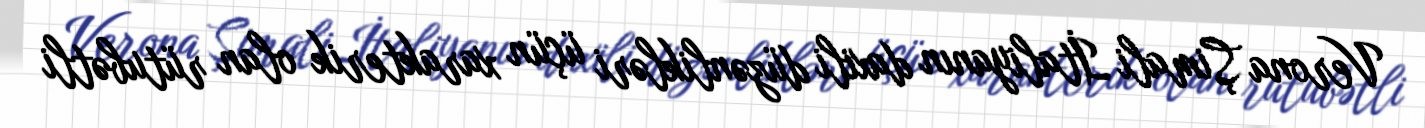
Verona Şimali İtaliyanın daxili düzənlikləri üçün xarakterik olan rütubətli